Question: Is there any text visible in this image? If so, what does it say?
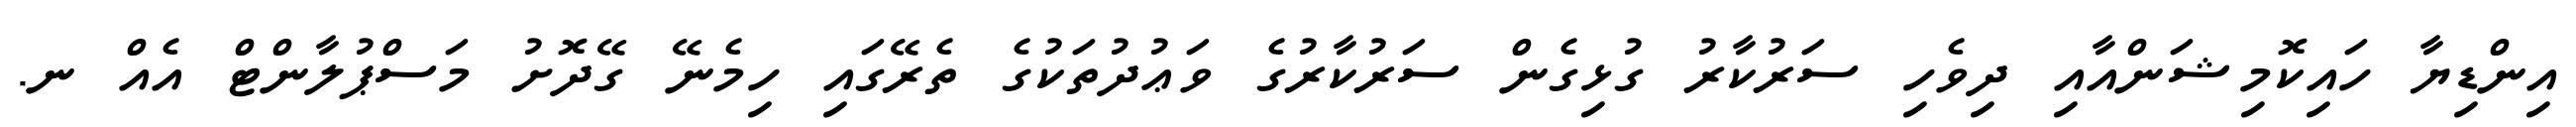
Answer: އިންޑިޔާ ހައިކޮމިޝަންއާއި ދިވެހި ސަރުކާރު ގުޅިގެން ސަރުކާރުގެ ވަޢުދުތަކުގެ ތެރޭގައި ހިމެނޭ ގޭދޮށު މަސްޕުލާންޓް އެއް ނ.